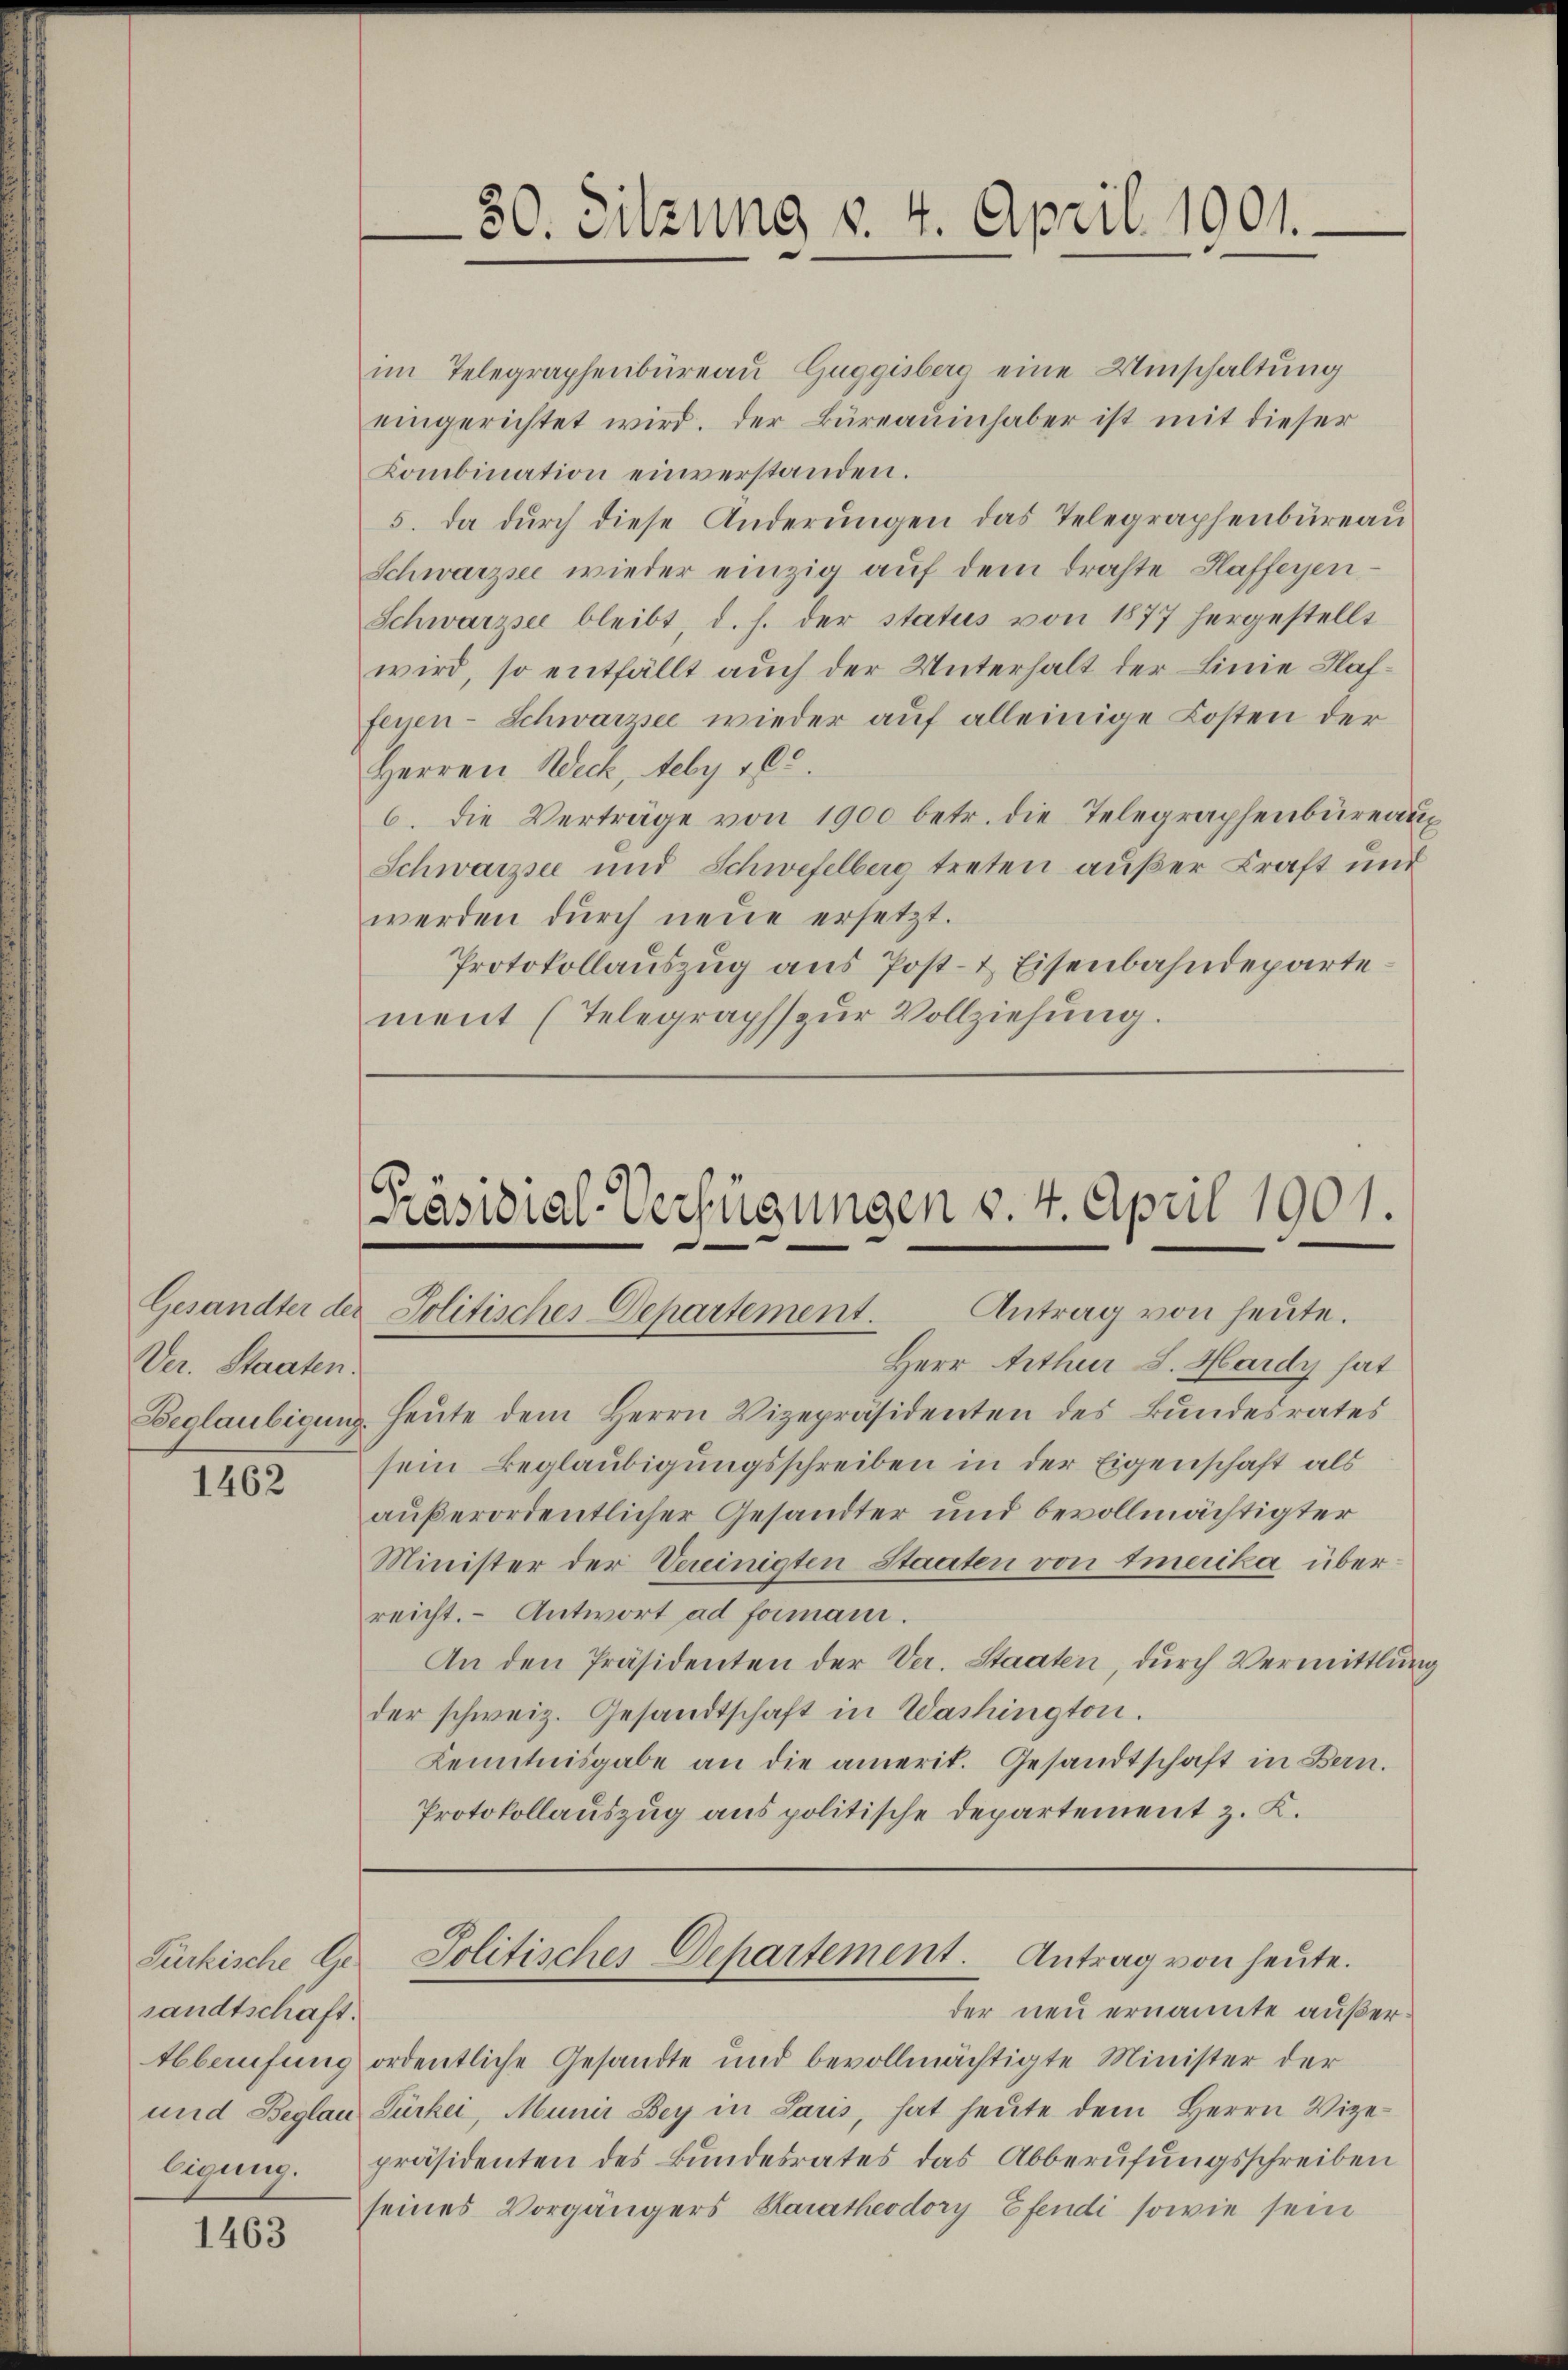
Ver. Staaten.

1462

sandtschaft.

1463

im Telegraphenbüreau Guggisberg eine Winschaltung
eingerichtet wird. Der Büreaŭinhaber ist mit dieser
Kombination einverstanden.
5. da durch diese Änderungen das Telegraphenbüreau
Schwarzsee wieder einzig auf dem drohte Haffeyen
Schwarzsee bleibt, d. h. der status von 1877 hergestellt
wird, so entfällt auch der Unterhalt der Linie Haffenen- Schwarzsee wieder aŭf alleinige Kosten der
Herren Weck, Aeby 180.
6. die Verträge von 1900 betr. die Telegraphenbüreaux
Schwarzsee und Schwefelberg treten außer Kraft und
werden durch neue ersetzt.
Protokollauszug aus Post- & Eisenbahndeparte
ment (Telegraph zŭr Vollziehung.

30. Sitzung v. 4. April 1901.

Präsidial-Verfügungen v. 4. April 1901.
Gesandter der Politisches Departement. Antrag von heute.

Herr Arthur S. Hardy hat
Beglaubigung. Heute dem Herrn Vizepräsidenten des Bundesrates
sein Beglaubigungsschreiben in der Eigenschaft als
außerordentlicher Gesandter und bevollmächtigter
Minister der Vereinigten Staaten von Emerika überreicht. Antwort ad formani.
An den Präsidenten der Ver. Staaten, durch Vermittlung
der schweiz. Gesandtschaft in Washington.
Kenntnisgabe an die amerit. Gesandtschaft in Bern.
Protokollauszug aus politische Departement z. K.

Pürkische Ge- Politischer Departement. Antrag von heute.

der neu ernannte außer
tbberufung ordentliche Gesandte und bevollmächtigte Minister der
und Beglau Türkei, Munir Bey in Laris, hat heŭte dem Herrn Vize-
ligŭng. präsidenten des Bundesrates das Abberufungsschreiben
seines Vorgängers Hartheodory Efendi sowie sein